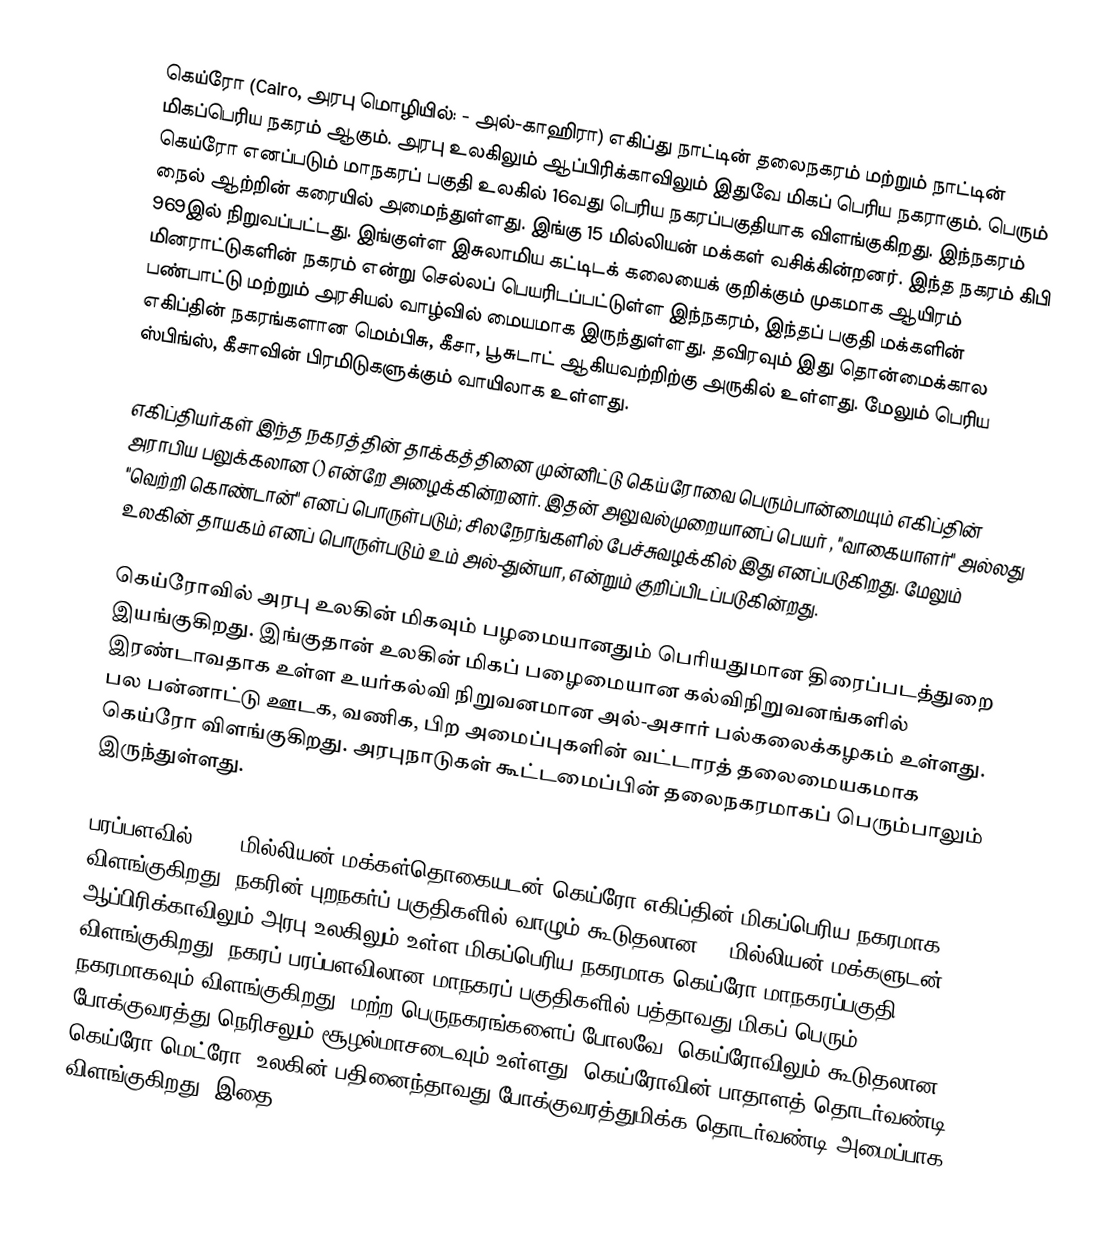
கெய்ரோ (Cairo, அரபு மொழியில்: - அல்-காஹிரா) எகிப்து நாட்டின் தலைநகரம் மற்றும் நாட்டின் மிகப்பெரிய நகரம் ஆகும். அரபு உலகிலும் ஆப்பிரிக்காவிலும் இதுவே மிகப் பெரிய நகராகும். பெரும் கெய்ரோ எனப்படும் மாநகரப் பகுதி உலகில் 16வது பெரிய நகரப்பகுதியாக விளங்குகிறது. இந்நகரம் நைல் ஆற்றின் கரையில் அமைந்துள்ளது. இங்கு 15 மில்லியன் மக்கள் வசிக்கின்றனர். இந்த நகரம் கிபி 969இல் நிறுவப்பட்டது. இங்குள்ள இசுலாமிய கட்டிடக் கலையைக் குறிக்கும் முகமாக ஆயிரம் மினராட்டுகளின் நகரம் என்று செல்லப் பெயரிடப்பட்டுள்ள இந்நகரம், இந்தப் பகுதி மக்களின் பண்பாட்டு மற்றும் அரசியல் வாழ்வில் மையமாக இருந்துள்ளது. தவிரவும் இது தொன்மைக்கால எகிப்தின் நகரங்களான மெம்பிசு, கீசா, பூசுடாட் ஆகியவற்றிற்கு அருகில் உள்ளது. மேலும் பெரிய ஸ்பிங்ஸ், கீசாவின் பிரமிடுகளுக்கும் வாயிலாக உள்ளது.

எகிப்தியர்கள் இந்த நகரத்தின் தாக்கத்தினை முன்னிட்டு கெய்ரோவை பெரும்பான்மையும் எகிப்தின்  அராபிய பலுக்கலான  () என்றே  அழைக்கின்றனர். இதன் அலுவல்முறையானப் பெயர்  , "வாகையாளர்" அல்லது "வெற்றி கொண்டான்" எனப் பொருள்படும்; சிலநேரங்களில் பேச்சுவழக்கில் இது   எனப்படுகிறது. மேலும் உலகின் தாயகம் எனப் பொருள்படும்  உம் அல்-துன்யா, என்றும் குறிப்பிடப்படுகின்றது.

கெய்ரோவில் அரபு உலகின் மிகவும் பழமையானதும் பெரியதுமான திரைப்படத்துறை இயங்குகிறது. இங்குதான் உலகின் மிகப் பழைமையான கல்விநிறுவனங்களில் இரண்டாவதாக உள்ள உயர்கல்வி நிறுவனமான அல்-அசார் பல்கலைக்கழகம் உள்ளது.  பல பன்னாட்டு ஊடக, வணிக, பிற அமைப்புகளின் வட்டாரத் தலைமையகமாக கெய்ரோ விளங்குகிறது. அரபுநாடுகள் கூட்டமைப்பின் தலைநகரமாகப் பெரும்பாலும் இருந்துள்ளது.

 பரப்பளவில் 6.76 மில்லியன் மக்கள்தொகையடன் கெய்ரோ எகிப்தின் மிகப்பெரிய நகரமாக விளங்குகிறது.  நகரின் புறநகர்ப் பகுதிகளில் வாழும் கூடுதலான 10 மில்லியன் மக்களுடன் ஆப்பிரிக்காவிலும் அரபு உலகிலும் உள்ள மிகப்பெரிய நகரமாக கெய்ரோ மாநகரப்பகுதி விளங்குகிறது.  நகரப் பரப்பளவிலான மாநகரப் பகுதிகளில் பத்தாவது மிகப் பெரும் நகரமாகவும் விளங்குகிறது. மற்ற பெருநகரங்களைப் போலவே, கெய்ரோவிலும் கூடுதலான போக்குவரத்து நெரிசலும்  சூழல்மாசடைவும்   உள்ளது. கெய்ரோவின் பாதாளத் தொடர்வண்டி, கெய்ரோ மெட்ரோ, உலகின் பதினைந்தாவது போக்குவரத்துமிக்க தொடர்வண்டி அமைப்பாக விளங்குகிறது. இதை